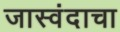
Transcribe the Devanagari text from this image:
जास्वंदाचा